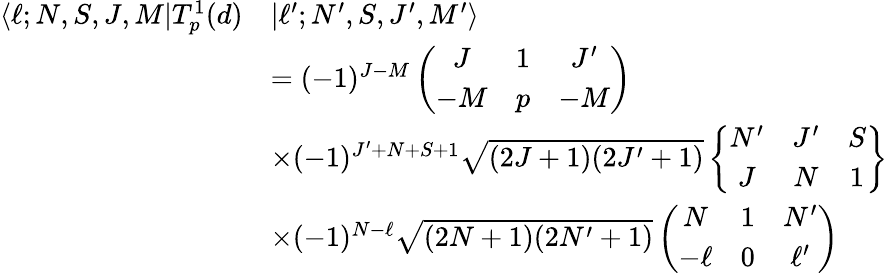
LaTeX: \begin{array}{rl}{\langle\ell;N,S,J,M|T_{p}^{1}(d)}&{|\ell^{\prime};N^{\prime},S,J^{\prime},M^{\prime}\rangle}\\ &{=(-1)^{J-M}\left(\begin{array}{ccc}{J}&{1}&{J^{\prime}}\\ {-M}&{p}&{-M}\end{array}\right)}\\ &{\times(-1)^{J^{\prime}+N+S+1}\sqrt{(2J+1)(2J^{\prime}+1)}\left\{ \begin{array}{ccc}{N^{\prime}}&{J^{\prime}}&{S}\\ {J}&{N}&{1}\end{array}\right\} }\\ &{\times(-1)^{N-\ell}\sqrt{(2N+1)(2N^{\prime}+1)}\left(\begin{array}{ccc}{N}&{1}&{N^{\prime}}\\ {-\ell}&{0}&{\ell^{\prime}}\end{array}\right)}\end{array}